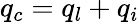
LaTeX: q_{c}=q_{l}+q_{i}